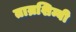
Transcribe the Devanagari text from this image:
ताम्रशिम्बी